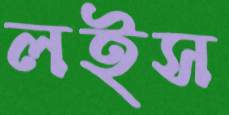
লইস